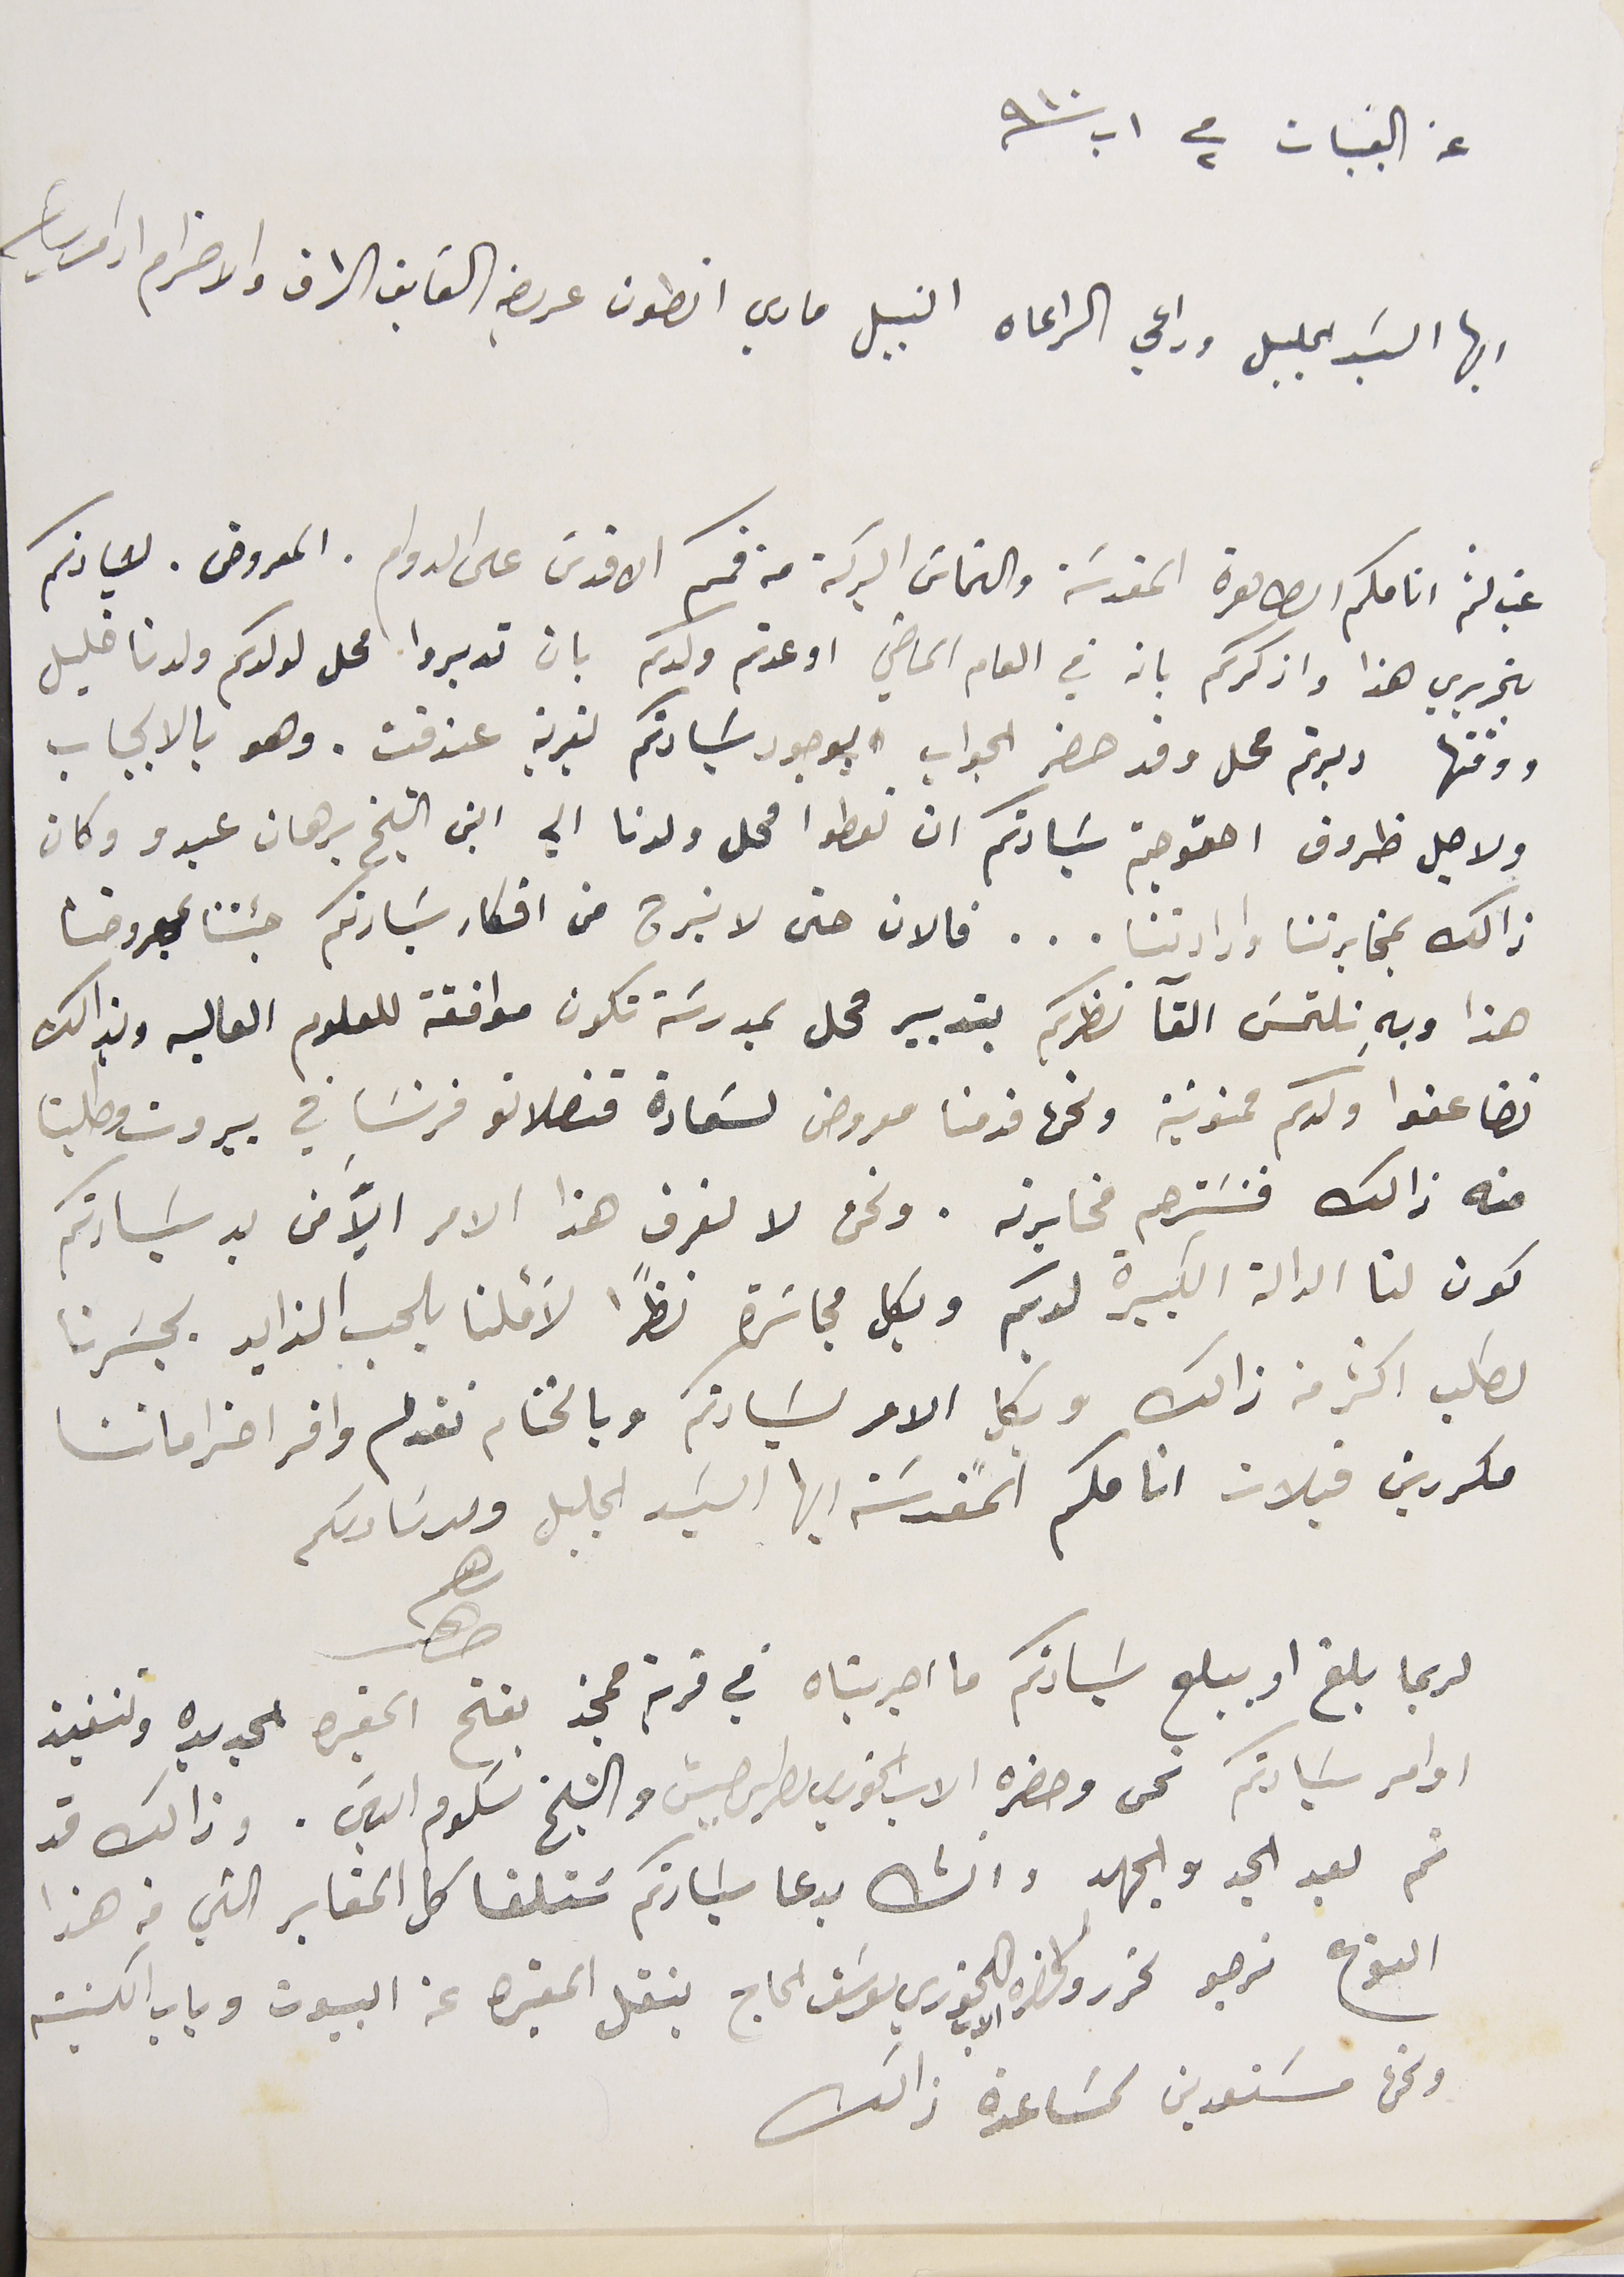
عن القبيات في ٢ اب سنه ٩١٠
ايها السَيد الجليل وراعي الراعاه النبيل ماري انطون عريضه الفايق الشرف والاحترام ادام رياسته
غب لثم انامكم الطاهرة المقدسَة والتماسَ البركة عن فمكم الاقدسَ على الدوام. المعروض. لسيادتكم
بتحريري هذا واذكركم بانه في العام الماضي اوعدتم ولدكم بان تدبروا محل لولدكم ولدنا خليل
ووقتها دبرتم محل وقد حضر الجواب بوجود سَيادتكم لقرية عندقت. وهو بالايجاب
ولاجل ظروف احتوجتم سَيادتكم ان تعطوا محل ولدنا الي ابن الشيخ برهان عبدو وكان
ذالك بمخابرتنا وارادتنا... فالان حتى لا نبرح من افكار سَيادتكم جئنا بمعروضنا
هذا وبهِ نلتمسَ القآ نظركم بتدبير محل بمدرسَة تكون موافقة للعلوم العاليه وبذالك
تضاعفوا ولدكم ممنونية ونحن قدمنا معروض لسَعادة قنصلاتو فرنسَا في بيروت وطلبنا
منه ذالك فنسَترحم مخابرته. ونحن لا نعرف هذا الامر الاّ من يد سَيادتكم
كون لنا الدالة الكبيرة لديكم وبكل مجاسَرة نظرًا لأملنا بالحب الزايد بجسَرنا
لطلب اكثر من ذالك وبكل الامر لسَيادتكم وبالختام نقدم وافر احتراماتنا
مكررين قبلات انامكم المقدسَة ايها السَيد الجليل                                                              ولد سَادىكم
لربما بلغ او يبلغ سَيادتكم ما اجريناه في قرية ممجز بفتح المقبره الجديده وتنفيذ
اوامر سَيادتكم نحن وحضره الاب الخوري بطرس حبيش والشيخ سلوم الياسَ. وذالك قد
تم بعد الجد والجهد وانشالله بدعا سَيادتكم سَتلغا كل المقابر التي فى هذا
النوع نرجو تحررو لحضرة الاب الخوري يوسَف الحاج بنقل المقبره عن البيوت وباب الكنيسة
ونحن مسَتعدين لمسَاعدة ذالك